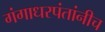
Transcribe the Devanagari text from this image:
गंगाधरपंतांनीच